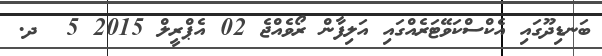
ބަނޑިދޫގައި އެކްސްކަވޭޓަރެއްގައި އަލިފާން ރޯވެއްޖެ 02 އެޕްރީލް 2015 5  ދ.